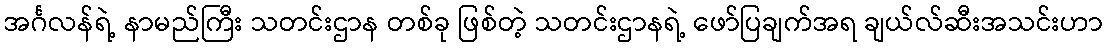
အင်္ဂလန်ရဲ့ နာမည်ကြီး သတင်းဌာန တစ်ခု ဖြစ်တဲ့ သတင်းဌာနရဲ့ ဖော်ပြချက်အရ ချယ်လ်ဆီးအသင်းဟာ